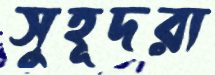
সুহূদরা